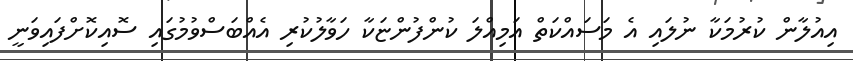
އިއުލާން ކުރުމަކާ ނުލައި އެ މަސައްކަތް އަމިއްލަ ކުންފުންޏަކާ ހަވާލުކުރި އެއްބަސްވުމުގައި ސޮއިކޮށްފައިވަނީ